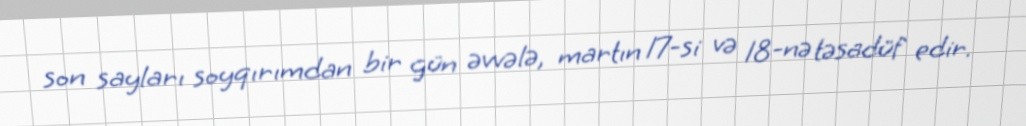
son sayları soyqırımdan bir gün əvvələ, martın 17-si və 18-nə təsadüf edir.